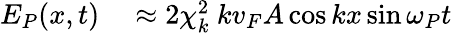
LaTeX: \begin{array}{rl}{E_{P}(x,t)}&{{}\approx 2\chi_{k}^{2}\ kv_{F}A\cos kx\sin\omega_{P}t}\end{array}